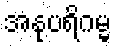
အနုပရိဂမ္မ